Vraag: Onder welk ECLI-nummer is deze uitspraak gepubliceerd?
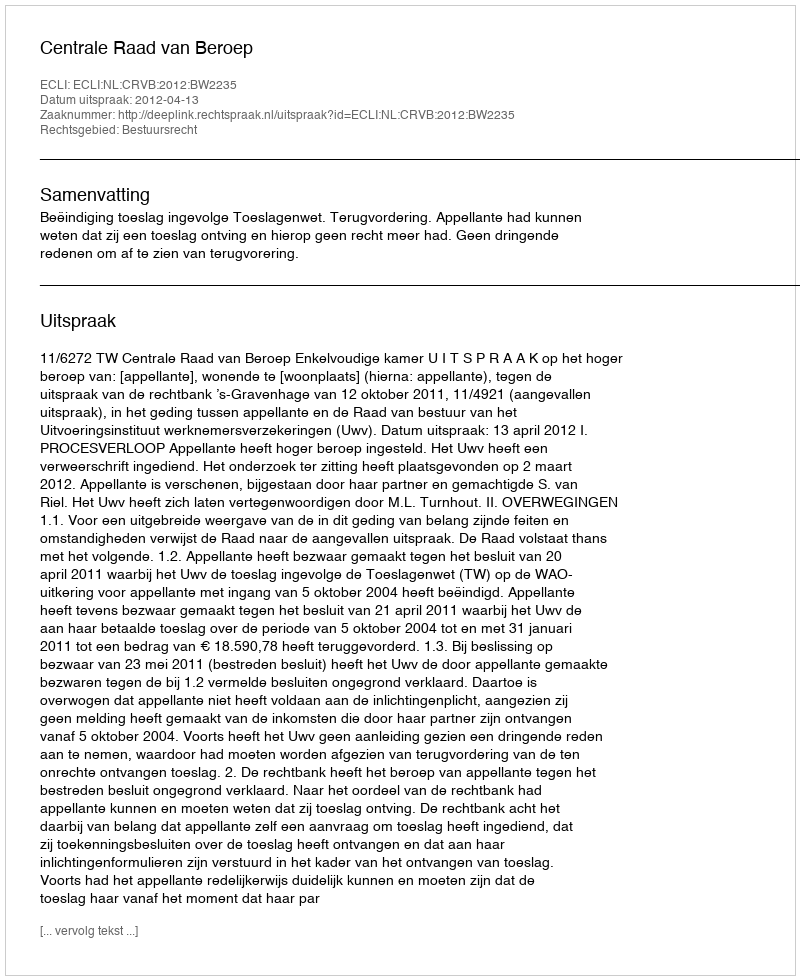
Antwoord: ECLI:NL:CRVB:2012:BW2235